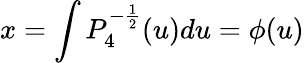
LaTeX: x=\int P_{4}^{-\frac{1}{2}}(u)du=\phi(u)